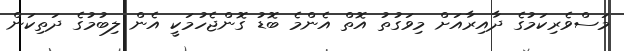
މަސްވެރިކަމުގެ ދާއިރާއަށް މިވަގުތު އޮތް އެންމެ ބޮޑު ގޮންޖެހުމަކީ އެން ލިބުމުގެ ދަތިކަން